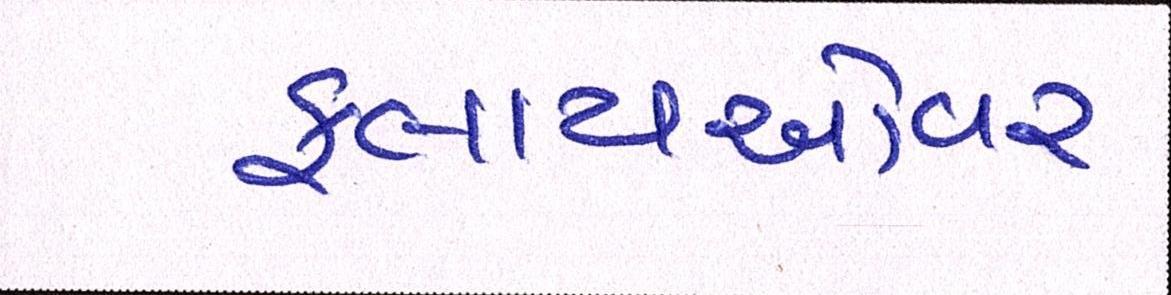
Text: ફ્લાયઓવર